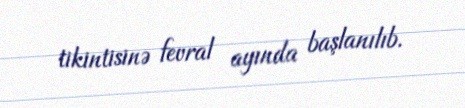
tikintisinə fevral ayında başlanılıb.